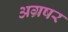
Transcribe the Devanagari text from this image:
अग्रषर